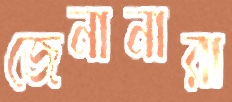
জেনানারা